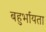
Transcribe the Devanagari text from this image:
बहुर्भायता